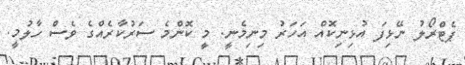
ޕެޓްރޯލު ނޭޅިފަ އުޅިނިކޮއް އަހަރު މިނިމެނީ. މީ ކޮންމެ ސަރުކާރެއްގެ ވެސް ހާލުމީ.